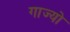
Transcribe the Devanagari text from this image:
गाज्यो